Annual report of the Punjab Veterinary College and of the Civil Veterinary Department, Punjab - 1926-1932
Year: 1926
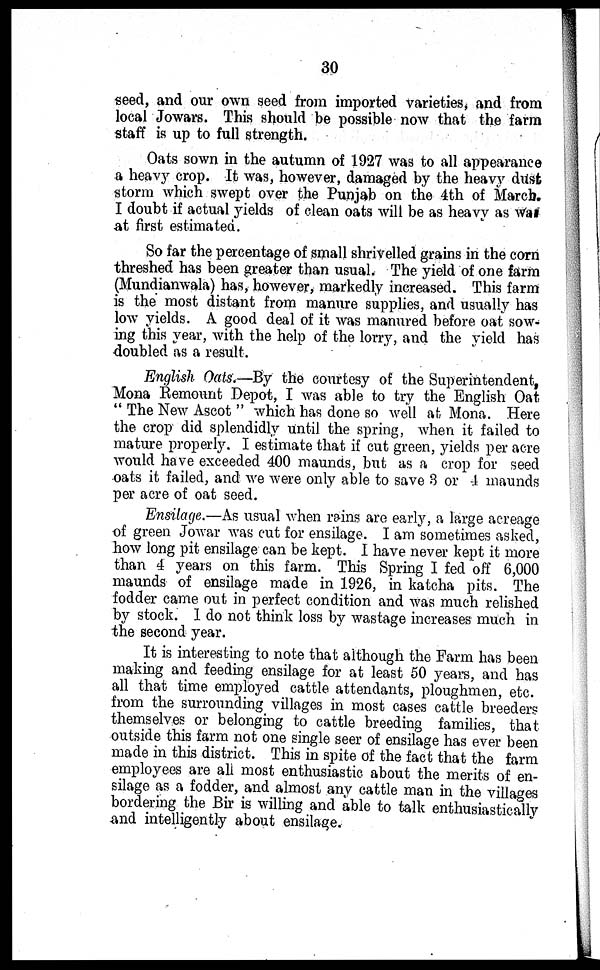
30
seed, and our own seed from imported varieties, and from
local Jowars. This should be possible now that the farm
staff is up to full strength.
Oats sown in the autumn of 1927 was to all appearance
a heavy crop. It was, however, damaged by the heavy dust
storm which swept over the Punjab on the 4th of March.
I doubt if actual yields of clean oats will be as heavy as was
at first estimated.
So far the percentage of small shrivelled grains in the corn
threshed has been greater than usual. The yield of one farm
(Mundianwala) has, however, markedly increased. This farm
is the most distant from manure supplies, and usually has
low yields. A good deal of it was manured before oat sow-
ing this year, with the help of the lorry, and the yield has
doubled as a result.
English Oats,—By the courtesy of the Superintendent,
Mona Remount Depot, I was able to try the English Oat.
" The New Ascot " which has done so well at Mona. Here
the crop did splendidly until the spring, when it failed to
mature properly. I estimate that if cut green, yields per acre
would have exceeded 400 maunds, but as a crop for seed
oats it failed, and we were only able to save 3 or 4 maunds
per acre of oat seed.
Ensilage.—As usual when rains are early, a large acreage
of green Jowar was cut for ensilage. I am sometimes asked,
how long pit ensilage can be kept. I have never kept it more
than 4 years on this farm. This Spring I fed off 6,000
maunds of ensilage made in 1926, in katcha pits. The
fodder came out in perfect condition and was much relished
by stock. I do not think loss by wastage increases much in
the second year.
It is interesting to note that although the Farm has been
making and feeding ensilage for at least 50 years, and has
all that time employed cattle attendants, ploughmen, etc.
from the surrounding villages in most cases cattle breeders
themselves or belonging to cattle breeding families, that
outside this farm not one single seer of ensilage has ever been
made in this district. This in spite of the fact that the farm
employees are all most enthusiastic about the merits of en-
silage as a fodder, and almost any cattle man in the villages
bordering the Bir is willing and able to talk enthusiastically
-and intelligently about ensilage.